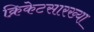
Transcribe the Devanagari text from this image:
क्रिकेटसारख्या